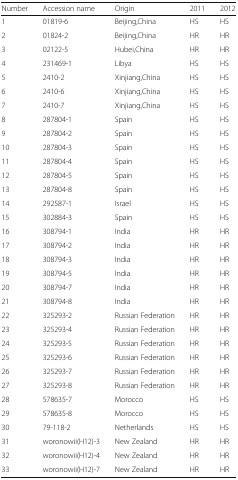
<table><thead><tr><td><b>Number</b></td><td><b>Accession name</b></td><td><b>Origin</b></td><td><b>2011</b></td><td><b>2012</b></td></tr></thead><tbody><tr><td>1</td><td>01819-6</td><td>Beijing,China</td><td>HS</td><td>HS</td></tr><tr><td>2</td><td>01824-2</td><td>Beijing,China</td><td>HR</td><td>HR</td></tr><tr><td>3</td><td>02122-5</td><td>Hubei,China</td><td>HR</td><td>HR</td></tr><tr><td>4</td><td>231469-1</td><td>Libya</td><td>HS</td><td>HS</td></tr><tr><td>5</td><td>2410-2</td><td>Xinjiang,China</td><td>HS</td><td>HS</td></tr><tr><td>6</td><td>2410-6</td><td>Xinjiang,China</td><td>HS</td><td>HS</td></tr><tr><td>7</td><td>2410-7</td><td>Xinjiang,China</td><td>HS</td><td>HS</td></tr><tr><td>8</td><td>287804-1</td><td>Spain</td><td>HS</td><td>HS</td></tr><tr><td>9</td><td>287804-2</td><td>Spain</td><td>HS</td><td>HS</td></tr><tr><td>10</td><td>287804-3</td><td>Spain</td><td>HS</td><td>HS</td></tr><tr><td>11</td><td>287804-4</td><td>Spain</td><td>HS</td><td>HS</td></tr><tr><td>12</td><td>287804-5</td><td>Spain</td><td>HS</td><td>HS</td></tr><tr><td>13</td><td>287804-8</td><td>Spain</td><td>HS</td><td>HS</td></tr><tr><td>14</td><td>292587-1</td><td>Israel</td><td>HS</td><td>HS</td></tr><tr><td>15</td><td>302884-3</td><td>Spain</td><td>HS</td><td>HS</td></tr><tr><td>16</td><td>308794-1</td><td>India</td><td>HR</td><td>HR</td></tr><tr><td>17</td><td>308794-2</td><td>India</td><td>HR</td><td>HR</td></tr><tr><td>18</td><td>308794-3</td><td>India</td><td>HR</td><td>HR</td></tr><tr><td>19</td><td>308794-5</td><td>India</td><td>HR</td><td>HR</td></tr><tr><td>20</td><td>308794-7</td><td>India</td><td>HR</td><td>HR</td></tr><tr><td>21</td><td>308794-8</td><td>India</td><td>HR</td><td>HR</td></tr><tr><td>22</td><td>325293-2</td><td>Russian Federation</td><td>HR</td><td>HR</td></tr><tr><td>23</td><td>325293-4</td><td>Russian Federation</td><td>HR</td><td>HR</td></tr><tr><td>24</td><td>325293-5</td><td>Russian Federation</td><td>HR</td><td>HR</td></tr><tr><td>25</td><td>325293-6</td><td>Russian Federation</td><td>HR</td><td>HR</td></tr><tr><td>26</td><td>325293-7</td><td>Russian Federation</td><td>HR</td><td>HR</td></tr><tr><td>27</td><td>325293-8</td><td>Russian Federation</td><td>HR</td><td>HR</td></tr><tr><td>28</td><td>578635-7</td><td>Morocco</td><td>HS</td><td>HS</td></tr><tr><td>29</td><td>578635-8</td><td>Morocco</td><td>HS</td><td>HS</td></tr><tr><td>30</td><td>79-118-2</td><td>Netherlands</td><td>HS</td><td>HS</td></tr><tr><td>31</td><td>woronowii(H12)-3</td><td>New Zealand</td><td>HR</td><td>HR</td></tr><tr><td>32</td><td>woronowii(H12)-4</td><td>New Zealand</td><td>HR</td><td>HR</td></tr><tr><td>33</td><td>woronowii(H12)-7</td><td>New Zealand</td><td>HR</td><td>HR</td></tr></tbody></table>